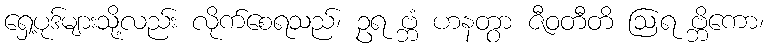
ရှေ့ပုဒ်များသို့လည်း လိုက်စေရသည်၊ ဥရ ဗ္ဘံ ဟနတွာ ဇီဝတီတိ ဩရ ဗ္ဘိကော၊